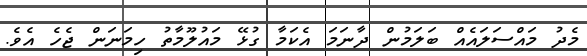
މެދު މައްސަލައެއް ބަލަމުން ދާނަމަ އެކަމާ ގުޅޭ މައުލޫމާތު ހިމަނަން ޖެހެ އެވެ.